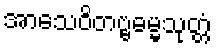
အာသေဝိတဗ္ဗဓမ္မသုတ္တံ